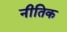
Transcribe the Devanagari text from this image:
नीतिक